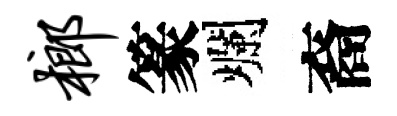
榔篆爛裔